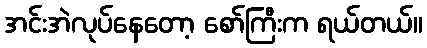
အင်းအဲလုပ်နေတော့ စော်ကြီးက ရယ်တယ်။